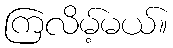
ကြလိမ့်မယ်။